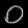
Digit: ၀